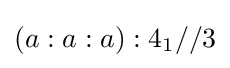
\left(a:a:a\right):4_{1}//3